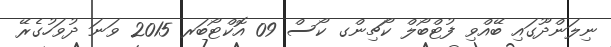
ނިލަންދޫގައި ބޭއްވި ފުޓްބޯލްް ކޯޗިންގ ކޯސް 09 އޮކްޓޯބަރ 2015 ވަނަ ދުވަހުގެރޭ